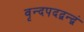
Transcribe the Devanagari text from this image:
वृन्दपदद्वन्द्वं